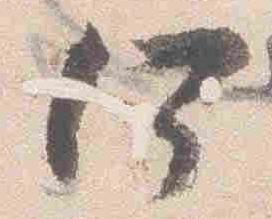
何